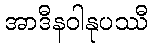
အာဒီနဝါနုပဿီ